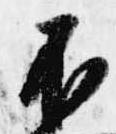
不